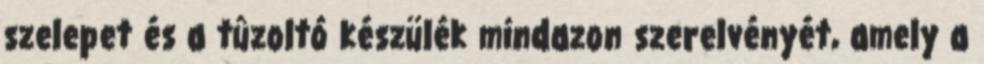
szelepet és a tûzoltó készülék mindazon szerelvényét, amely a